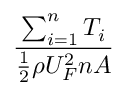
\frac { \sum _ { i = 1 } ^ { n } T _ { i } } { \frac { 1 } { 2 } \rho U _ { F } ^ { 2 } n A }